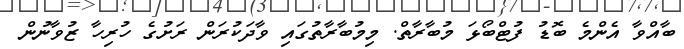
ބާއްވާ އެންމެ ބޮޑު ފުޓްބޯޅަ މުބާރާތް. މިމުބާރާތުގައި ވާދަކުރަން ރަށުގެ ހުރިހާ ޒުވާނުން